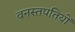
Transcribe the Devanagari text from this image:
वनस्तपतियों